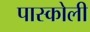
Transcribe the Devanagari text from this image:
पास्कोली